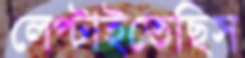
লেপ্‌টাইতেছিস